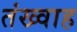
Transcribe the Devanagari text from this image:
तंख्वाह